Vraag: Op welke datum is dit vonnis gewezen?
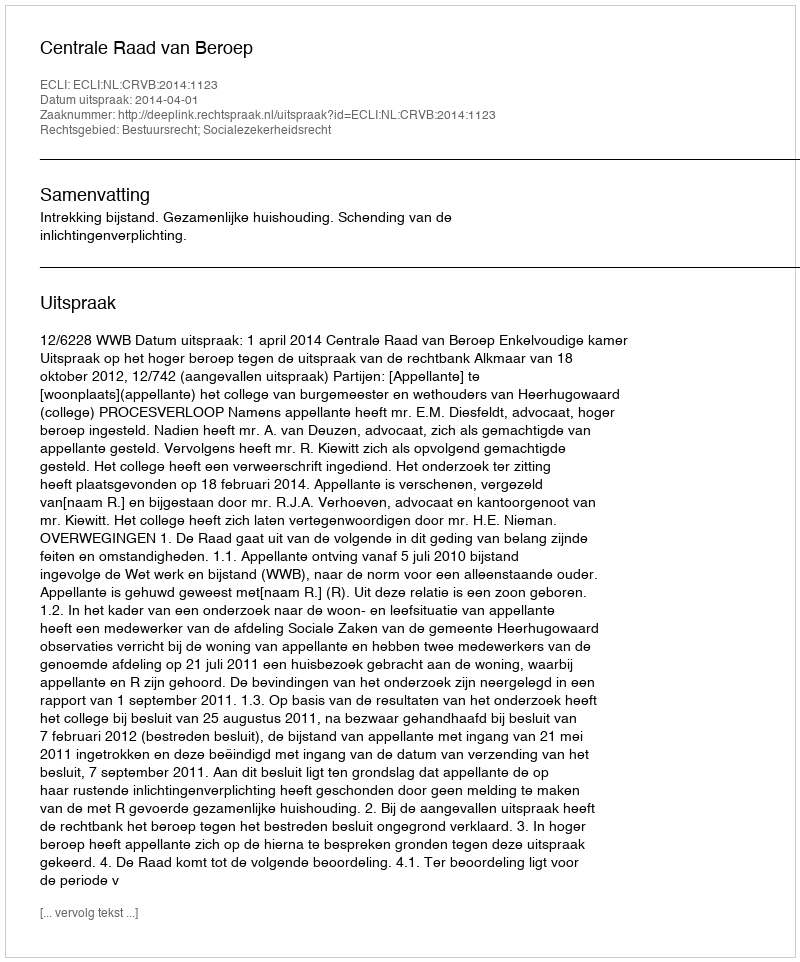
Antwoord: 2014-04-01